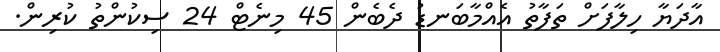
އާދަޔާ ހިލާފަށް ތަފާތު އެއްމާބަނޑު ދެބެން 45 މިނެޓް 24 ސިކުންތު ކުރިން.